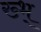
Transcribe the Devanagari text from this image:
ख्भ्